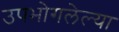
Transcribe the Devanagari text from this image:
उपभोगलेल्या